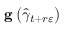
\mathbf { g } \left( \widehat { \gamma } _ { t + r \varepsilon } \right)